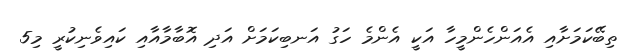
ތިބޭކަމަށާއި އެއަންހެންމީހާ އަކީ އެންމެ ހަގު އަނބިކަމަށް އަދި އޮބާމާއާއި ކައިވެނިކުރީ މި5